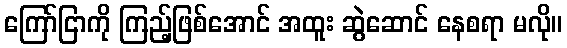
ကြော်ငြာကို ကြည့်ဖြစ်အောင် အထူး ဆွဲဆောင် နေစရာ မလို။